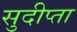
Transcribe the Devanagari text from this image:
सुदीप्ता